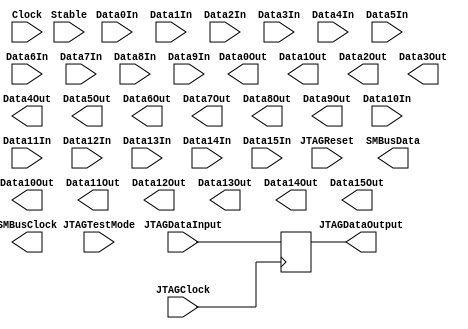
module PCIeController (
	// JTAG
	JTAGClock,	// Pin A5 - Input
	JTAGDataInput,	// Pin A6 - Input
	JTAGDataOutput, // Pin A7 - Output
	JTAGTestMode,	// Pin A8 - Input
	JTAGReset,	// Pin B9 - Input

	// System Management Bus
	SMBusClock, 	// Pin B5 - Output
	SMBusData, 	// Pin B6 - Output

	// Link
	Stable,		// Pin B17 - Input

	// Clock
	Clock,		// Pin A13, A14 - Input

	// Data 
        Data0In,        // Pin A16, A17 - Input
	Data0Out,	// Pin B14, B15 - Output
	Data1In,	// Pin A21, A22 - Input
	Data1Out,	// Pin B19, B20 - Output
	Data2In,	// Pin A25, A26 - Input
	Data2Out,	// Pin B23, B24 - Output
	Data3In,	// Pin A29, A30 - Input
	Data3Out,	// Pin B27, B28 - Output
	Data4In,	// Pin A35, A36 - Input
	Data4Out, 	// Pin B33, B34 - Output
	Data5In,	// Pin A39, A40 - Input
	Data5Out,	// Pin B37, B38 - Output
	Data6In,	// Pin A43, A44 - Input
	Data6Out,	// Pin B41, B42 - Output
	Data7In,	// Pin A47, A48 - Input
	Data7Out,	// Pin B45, B46 - Output
        Data8In,        // Pin A52, A53 - Input
        Data8Out,       // Pin B50, B51 - Output
        Data9In,        // Pin A56, A57 - Input
        Data9Out,       // Pin B54, B55 - Output
        Data10In,       // Pin A60, A61 - Input
        Data10Out,      // Pin B58, B59 - Output
        Data11In,       // Pin A64, A65 - Input
        Data11Out,      // Pin B62, B63 - Output
        Data12In,       // Pin A66, A67 - Input
        Data12Out,      // Pin B64, B65 - Output
        Data13In,       // Pin A72, A73 - Input
        Data13Out,      // Pin B70, B71 - Output
        Data14In,       // Pin A76, A77 - Input
        Data14Out,      // Pin B78, B79 - Output
        Data15In,       // Pin A80, A81 - Input
        Data15Out       // Pin B78, B79 - Output
);

// JTAG
input 	wire	JTAGClock;
input 	wire	JTAGDataInput;
output 	reg	JTAGDataOutput;
input 	wire	JTAGTestMode;
input 	wire	JTAGReset;

// System Management Bus
output 	reg	SMBusClock;
output 	reg	SMBusData;

// Link
input 	wire	Stable;

// Clock
input 	wire	Clock;

// Data
input 	wire	Data0In;
output 	reg	Data0Out;
input   wire	Data1In;
output  reg	Data1Out;
input   wire	Data2In;
output  reg	Data2Out;
input   wire	Data3In;
output  reg	Data3Out;
input   wire	Data4In;
output  reg	Data4Out;
input   wire	Data5In;
output  reg	Data5Out;
input   wire	Data6In;
output  reg	Data6Out;
input   wire	Data7In;
output  reg	Data7Out;
input   wire	Data8In;
output  reg	Data8Out;
input   wire	Data9In;
output  reg	Data9Out;
input   wire	Data10In;
output  reg	Data10Out;
input   wire	Data11In;
output  reg	Data11Out;
input   wire	Data12In;
output  reg	Data12Out;
input   wire	Data13In;
output  reg	Data13Out;
input   wire	Data14In;
output  reg	Data14Out;
input   wire	Data15In;
output  reg	Data15Out;

always @ (posedge JTAGClock)
begin
	JTAGDataOutput = JTAGDataInput;
end

endmodule